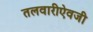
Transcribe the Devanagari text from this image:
तलवारीऐवजी